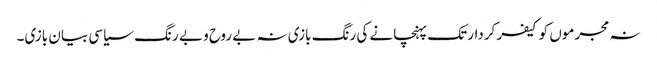
نہ مجرموں کو کیفر کردار تک پہنچانے کی رنگ بازی نہ بے روح و بے رنگ سیاسی بیان بازی۔